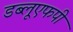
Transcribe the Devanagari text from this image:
डब्लूएफपी